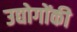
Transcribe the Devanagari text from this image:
उद्योगोंकी